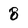
Character: 8